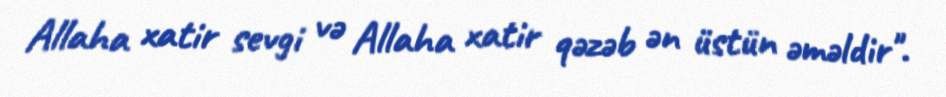
Allaha xatir sevgi və Allaha xatir qəzəb ən üstün əməldir".